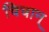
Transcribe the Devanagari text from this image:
चिचान्